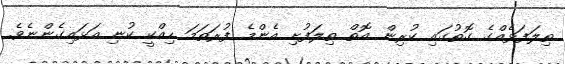
ތިލަފަޅެއްގެ ގޮތުގައި ކުރިން އޮތް ތިލަފުށި އެންމެ ފުރަތަމަ ހިއްކީ ކުނި އަޅައިގެންނެވެ.